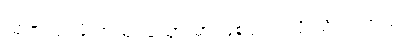
ထုတ်လုပ်ဖို့ အသုံးပြုသွားမှာ ဖြစ်တယ်လို့ သိရပါတယ်။